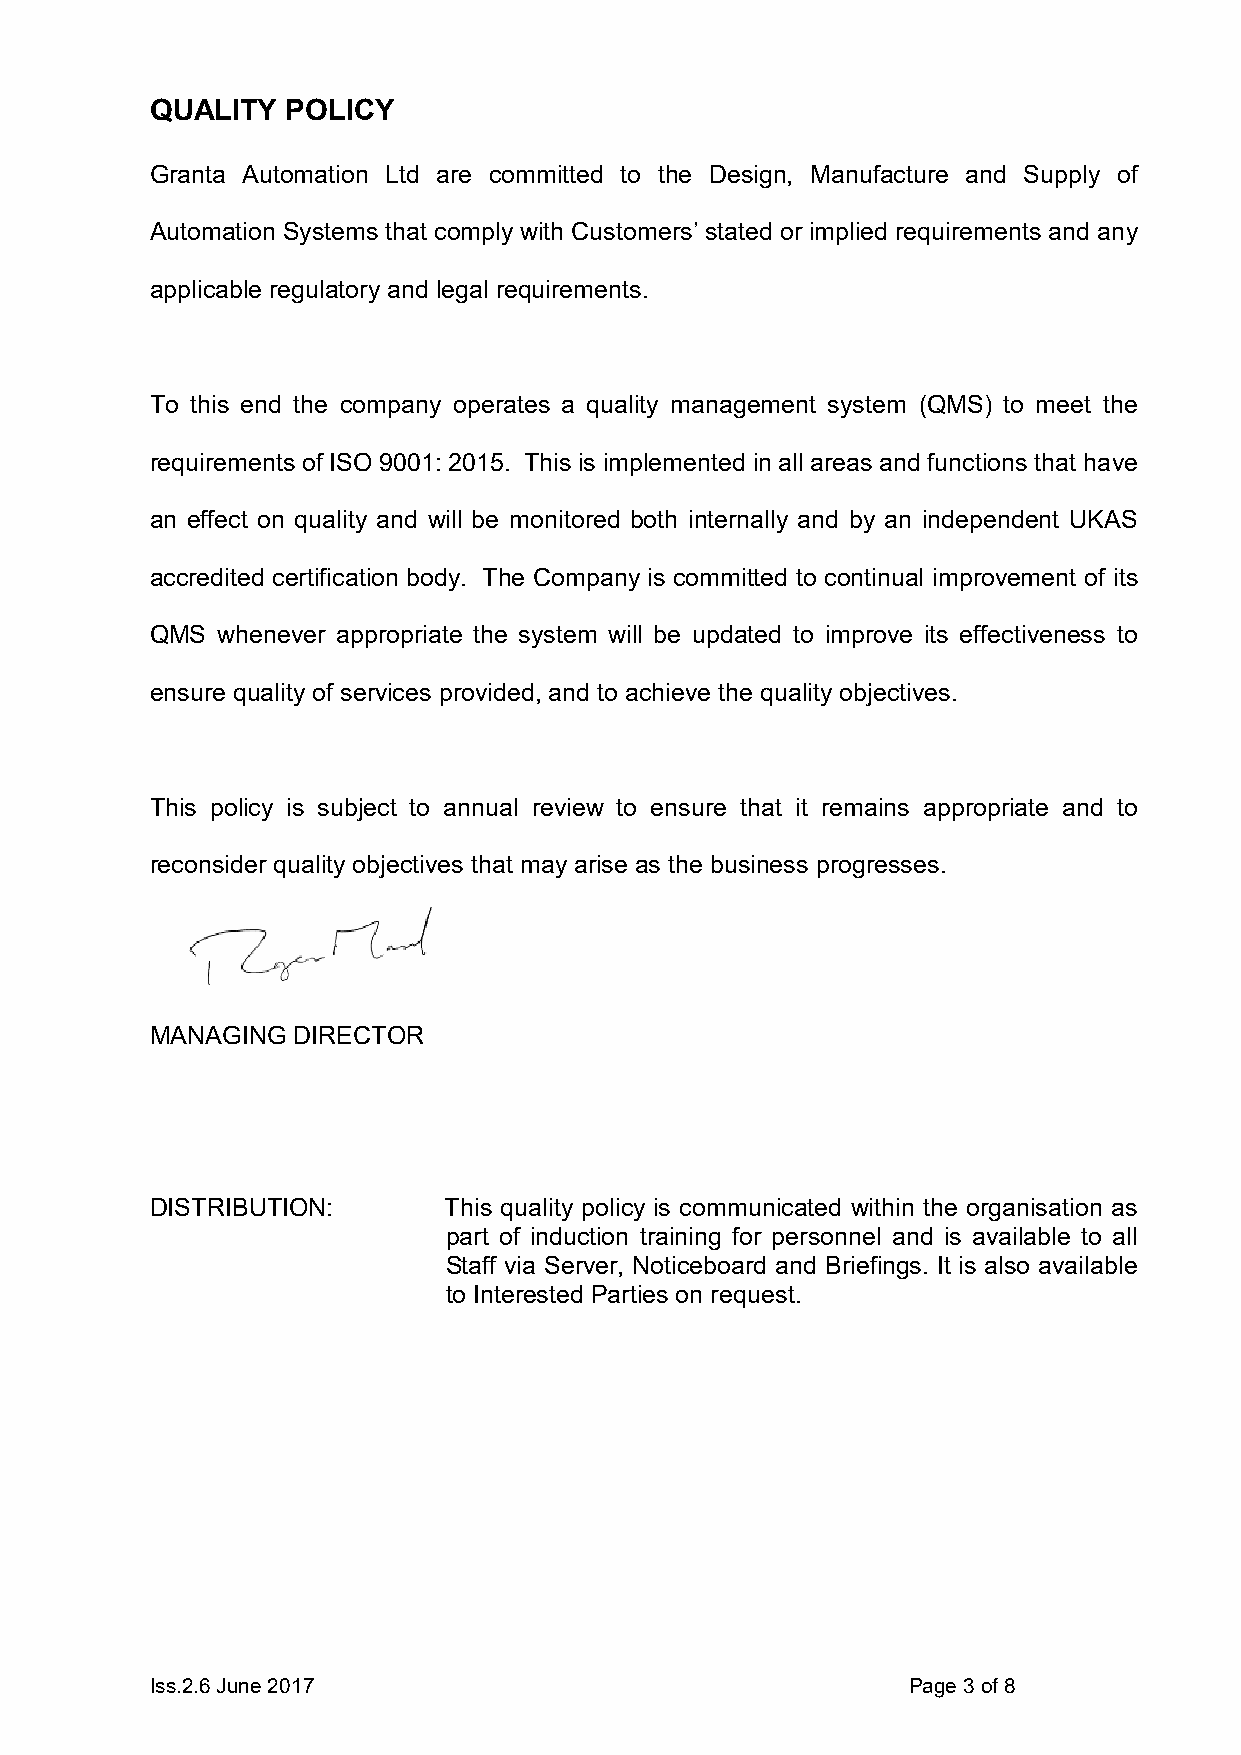
QUALITY  POLICY
 Granta Automation Ltd are committed to the Design, Manufacture and Supply of
 Automation Systems that comply with Customers’ stated or implied requirements and any
 applicable regulatory and legal requirements.
 To this end the company operates a quality management system (QMS) to meet the
 requirements of ISO 9001: 2015. This is implemented in all areas and functions that have
 an effect on quality and will be monitored both internally and by an independent UKAS
 accredited certification body. The Company is committed to continual improvement of its
 QMS whenever appropriate the system will be updated to improve its effectiveness to
 ensure quality of services provided, and to achieve the quality objectives.
 This policy is subject to annual review to ensure that it remains appropriate and to
 reconsider quality objectives that may arise as the business progresses.
 MANAGING DIRECTOR
 DISTRIBUTION:      This quality policy is communicated within the organisation as
 part of induction training for personnel and is available to all
 Staff via Server, Noticeboard and Briefings. It is also available
 to Interested Parties on request.
 Iss.2.6 June 2017                                 Page 3 of 8